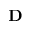
\mathbf { D }